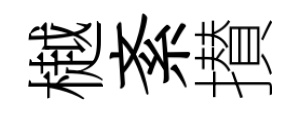
樾紊攅